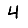
Digit: 4